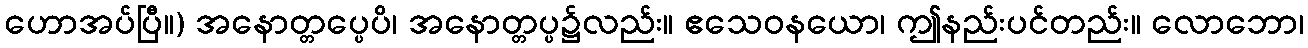
ဟောအပ်ပြီ။) အနောတ္တပ္ပေပိ၊ အနောတ္တပ္ပ၌လည်း။ ဧသေဝနယော၊ ဤနည်းပင်တည်း။ လောဘော၊